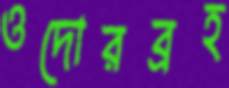
ওদোরব্রহ